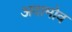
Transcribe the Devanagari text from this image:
अदामोव